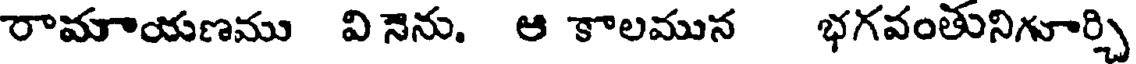
రామాయణము వి నెను. ఆ కాలమున భగవంతునిగూర్చి